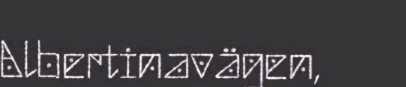
Albertinavägen,